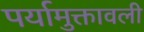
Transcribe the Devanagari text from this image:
पर्यामुक्तावली